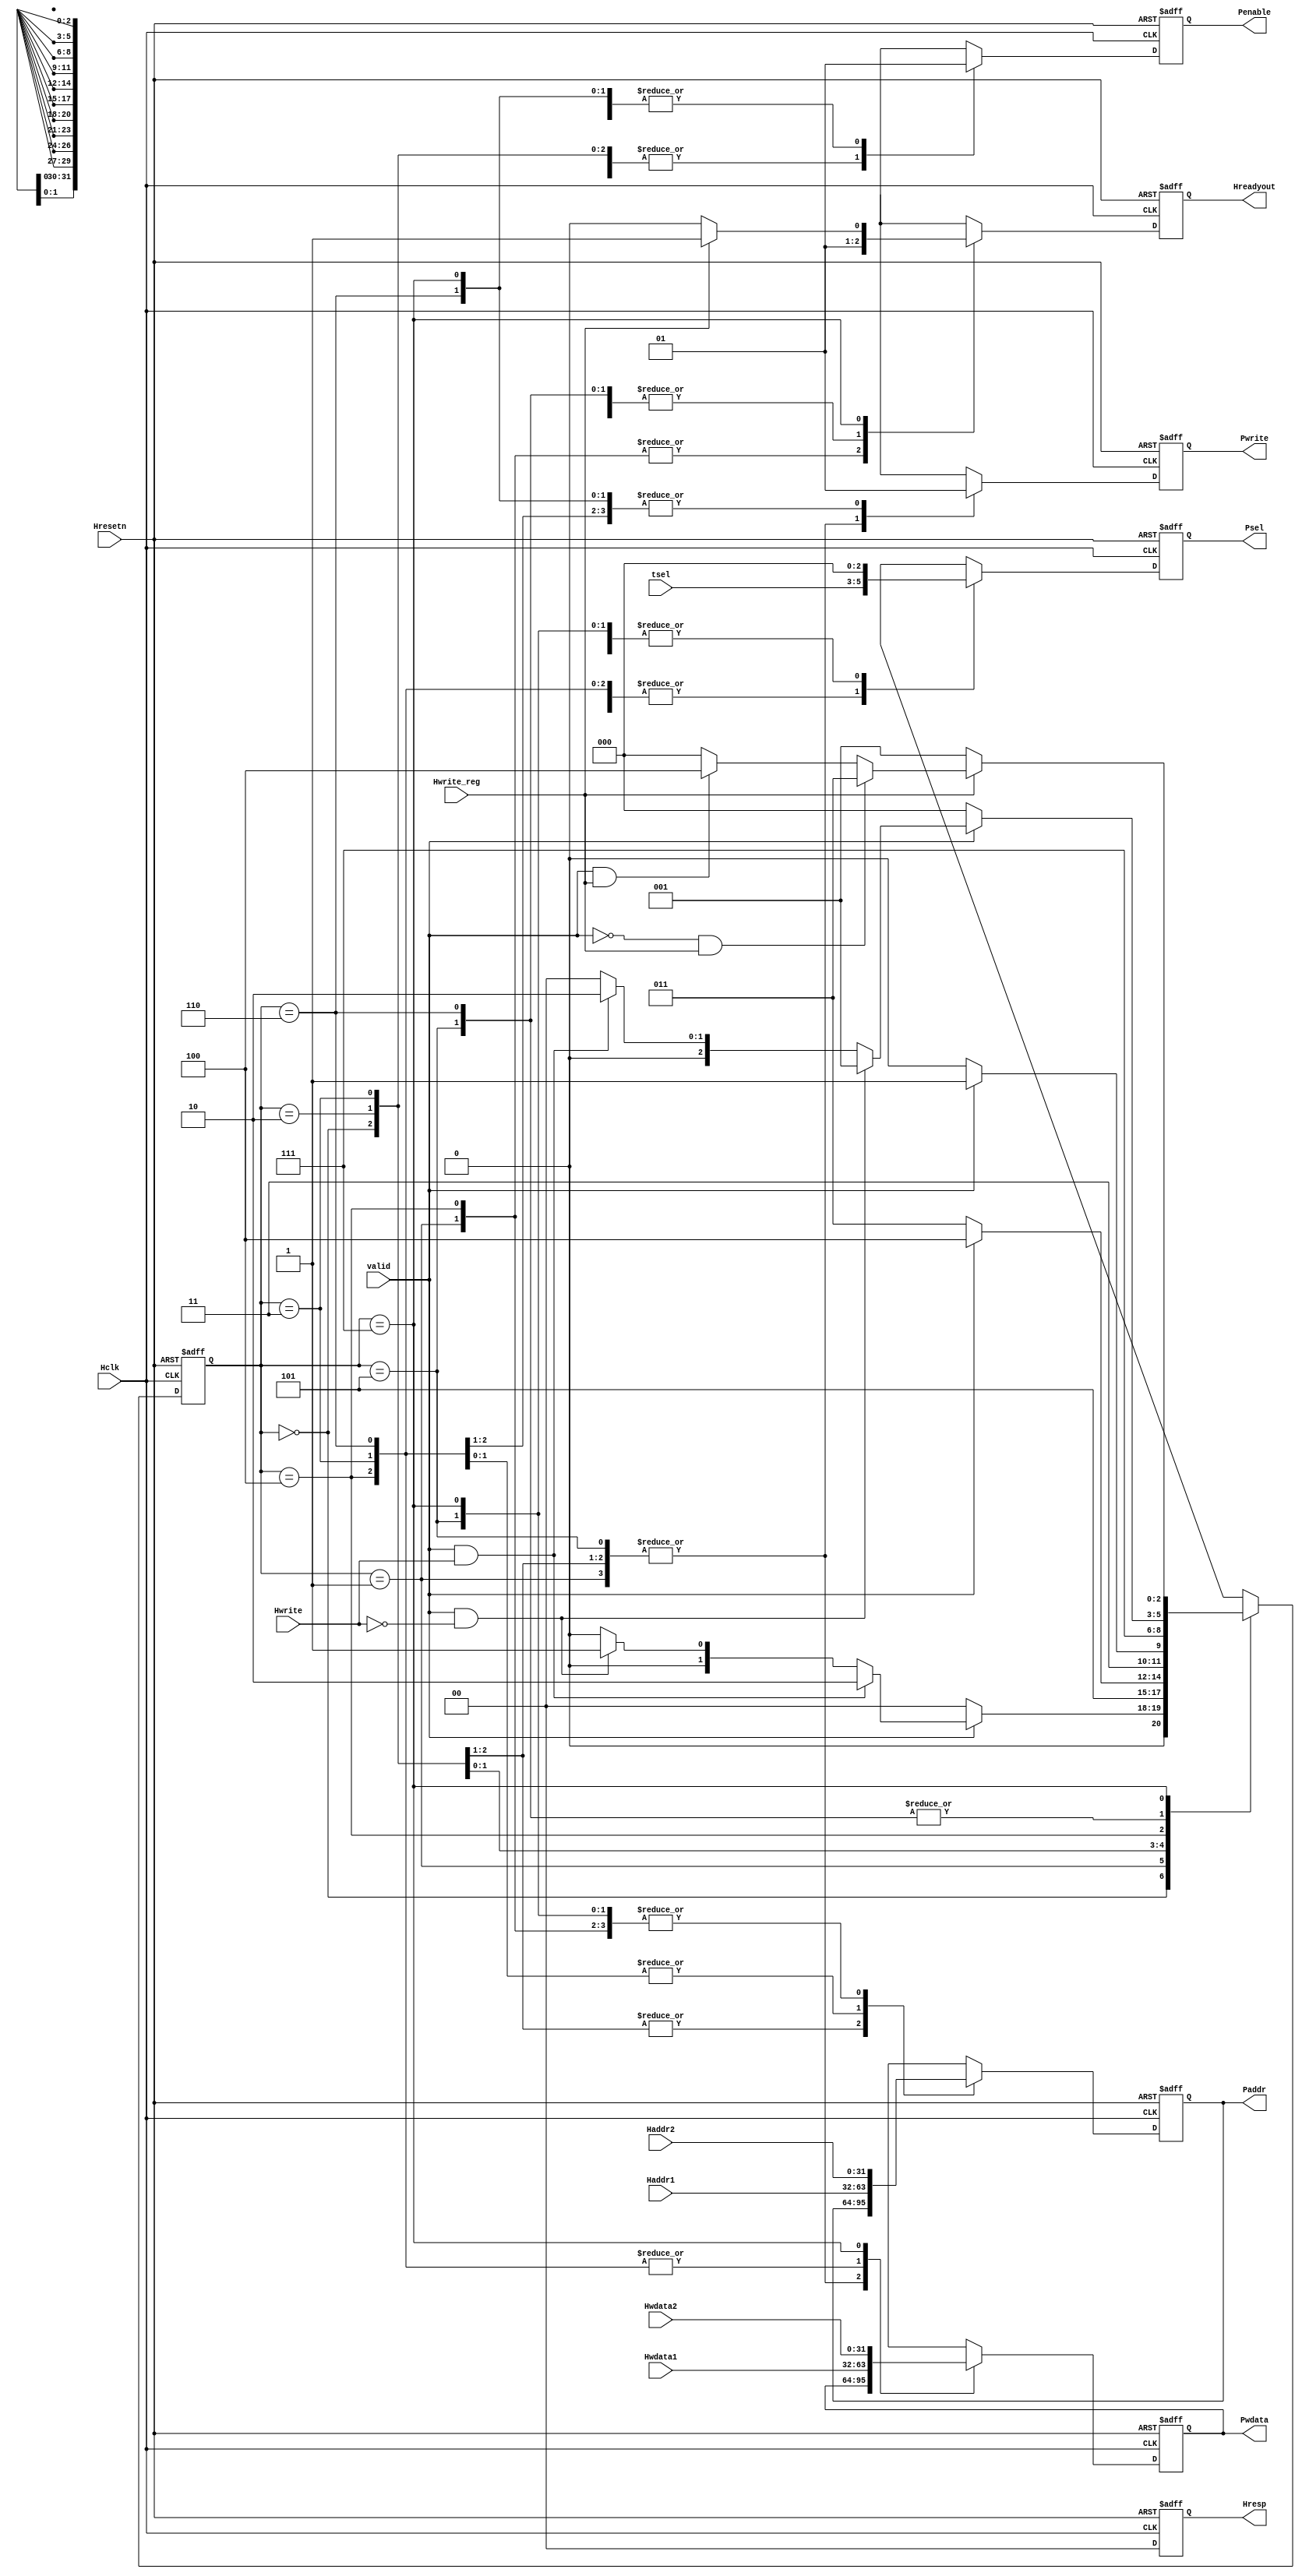
module apb_controller(input Hclk,Hresetn,valid,Hwrite,Hwrite_reg,
                      input [2:0]tsel,
                      input [31:0]Hwdata1,Hwdata2,Haddr1,Haddr2,
                      output reg Hreadyout,
                      output reg Penable,Pwrite,
                      output reg [31:0]Pwdata,Paddr,
                      output reg [2:0]Psel,
                      output reg [1:0]Hresp );


parameter ST_IDLE    =  3'b000,
          ST_READ    =  3'b001,
          ST_WWAIT   =  3'b010,
          ST_WRITE   =  3'b011,
          ST_WRITEP  =  3'b100,
          ST_RENABLE =  3'b101,
          ST_WENABLE =  3'b110,
          ST_WENABLEP=  3'b111;


reg [2:0]STATE,N_STATE;
//reg flag;

////////present state logic//////////////////
always@(posedge Hclk or negedge Hresetn)
 begin
   if(!Hresetn)
       STATE <= ST_IDLE;
    
   else
       STATE <= N_STATE;
 end


///////////////next state logic//////////////////
always@(*)
  begin
             N_STATE=ST_IDLE;
   
        case(STATE)
           ST_IDLE  :   begin
                          if(valid==1'b0)
                            N_STATE = ST_IDLE;
                         
                          else if(valid==1'b1 && Hwrite==1'b1)
                            N_STATE = ST_WWAIT;
                    
                          else if(valid==1'b1 && Hwrite==1'b0)
                            N_STATE = ST_READ;
                        end
 
           ST_READ   :   N_STATE = ST_RENABLE;
     
           ST_WWAIT  :  begin
                         if(valid)
                           N_STATE = ST_WRITEP;
                         else
                           N_STATE = ST_WRITE;
                      end
       
           ST_WRITE  :  begin
                        if(valid)
                           N_STATE = ST_WENABLEP;
                         else
                           N_STATE = ST_WENABLE;
                       end
        

           ST_WRITEP  :   N_STATE = ST_WENABLEP;
      
           ST_RENABLE  :  begin
                        if(valid==1'b0)
                         N_STATE = ST_IDLE;
                  
                        else if(valid==1'b1 && Hwrite==1'b0)
                         N_STATE = ST_READ;
                   
                        else if(valid==1'b1 && Hwrite==1'b1)
                         N_STATE =ST_WWAIT;
                      end

           ST_WENABLE : begin
                       if(valid==1'b0)
                         N_STATE = ST_IDLE;
           
                       else if(valid==1'b1 && Hwrite==1'b0)
                         N_STATE = ST_READ;
  
                       else if(valid==1'b1 &&  Hwrite==1'b1)
                         N_STATE = ST_WWAIT;
                     end
 
            ST_WENABLEP : begin
                       if(Hwrite_reg==1'b0)
                          N_STATE = ST_READ;
         
                       else if(valid==1'b0 && Hwrite_reg==1'b1)
                          N_STATE = ST_WRITE;
 
                        else if(valid==1'b1 && Hwrite_reg==1'b1)
                           N_STATE = ST_WRITEP;
                     end

     
        endcase
 end
                                              
 

///////////////////////output logic//////////////////////////
always@(posedge Hclk or negedge Hresetn)
//always@(*)
 begin
   if(!Hresetn)
      begin
         Hreadyout = 1'b0;
         Hresp     = 2'b00;         
         Penable   = 1'b0;
         Pwrite    = 1'b0;
         Pwdata    =32'd0;
         Paddr     = 1'b0;
         Psel      = 3'b000;
       end

    else
      begin
         Hreadyout = 1'b0;
         Hresp     = 2'b00;
        // Pwdata    = 32'd0;
         Penable   = 1'b0;
         Pwrite    = 0;
         //Paddr     = 0;
         Psel      = 3'b000;

       case(STATE)
            ST_IDLE:  begin
                         Psel		= 1'b0;
                         Penable	= 1'b0;
                         Hreadyout      = 1'b1;
                         Pwrite         = 0;
                      end
    
            ST_READ :  begin
		       Pwrite   =  1'b0;
                       // Penable  =  1'b1; 

                        Paddr    =  Haddr2;
                         Psel    =  tsel;
                        Hreadyout=  1'b0;
                                                   
                      end

           ST_WWAIT :  begin
                        Hreadyout	= 1;
                        Psel		= 0;
                          Pwrite=0;
                        // Paddr = Haddr2;
                        // Pwdata = Hwdata1;
                       end
              
            ST_WRITE : begin
                        Psel  		=   tsel;
                        Pwrite          =    1;
                        Penable         =    0;
                        Paddr           =   Haddr1;
                        Pwdata 		=   Hwdata1;
                        Hreadyout      =   1'b1;
                     end

            ST_WRITEP : begin
                       Paddr		=   Haddr2;
                       Psel		=   tsel;
                       Pwrite           =  1;
		       Hreadyout	=   1'b0;
                      	Pwdata = Hwdata1;
		/*  @(posedge Hclk)
	if(flag== 1)
		           begin
			     Paddr = Haddr1;                 
		        	end
			else
	                    begin
			     Paddr = Haddr2;
		      	end
*/
                     end

            ST_RENABLE : begin
			              Penable		=   1'b1;
                      // Hrdata           <=   Prdata;
                       Paddr            =  Haddr2;
                       Pwrite		=   1'b0;
                       Hreadyout	=   1'b1;
                     end

            ST_WENABLE : begin
                       Penable		=   1'b1;
                       Pwrite		=   1'b1;
                       Psel  		=   tsel;
                       Paddr            =   Haddr1;
                       Pwdata           =   Hwdata1;
                       Hreadyout        =   1'b1;
                     end
 
            ST_WENABLEP : begin
                        Pwrite		=   1'b1;
		         Penable	=  1'b1;
                       Paddr            =   Haddr2;
                       Pwdata           =   Hwdata2;
			if(Hwrite_reg)
                       Hreadyout	=  1'b1;
			else
			Hreadyout       = 0;
			
                      end
        endcase
     end
  end
//assign Pwdata=Hwdata;

/*
always@(posedge Hclk)
begin
if(STATE == ST_WWAIT)
flag <= 1;
else
flag <= 0;
end
*/
endmodule